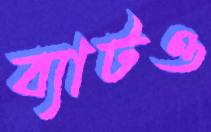
ব্যাটও